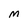
Character: M